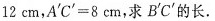
1 2$$ cm，$$A ' C' = 8$$ cm，求B'C'的长。